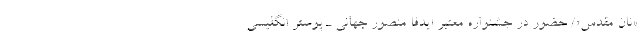
«نان مقدس»/ حضور در جشنواره معتبر ایدفا منصور جهانی ـ پوستر انگلیسی